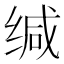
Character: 缄